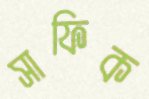
সাফিক